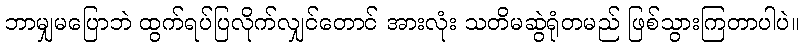
ဘာမျှမပြောဘဲ ထွက်ရပ်ပြလိုက်လျှင်တောင် အားလုံး သတိမဆွဲရုံတမည် ဖြစ်သွားကြတာပါပဲ။